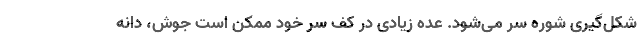
شکل­گیری شوره سر می­شود. عده­ زیادی در کف سر خود ممکن است جوش، دانه